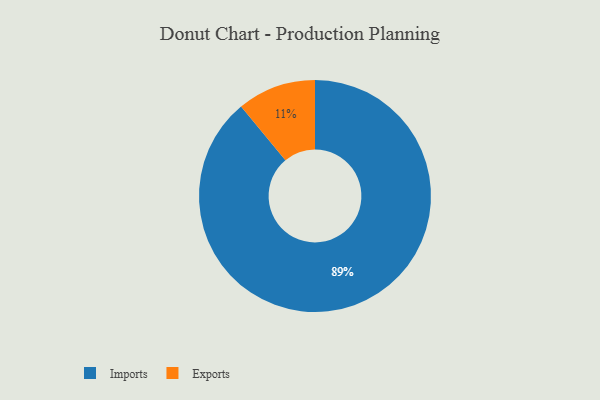
{"axis": {"x": "Category", "y": "Percentage"}, "legend": ["Exports", "Imports"], "data": [{"x": "Imports", "y": 89, "type": "Imports"}, {"x": "Exports", "y": 11, "type": "Exports"}]}